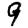
Digit: 9